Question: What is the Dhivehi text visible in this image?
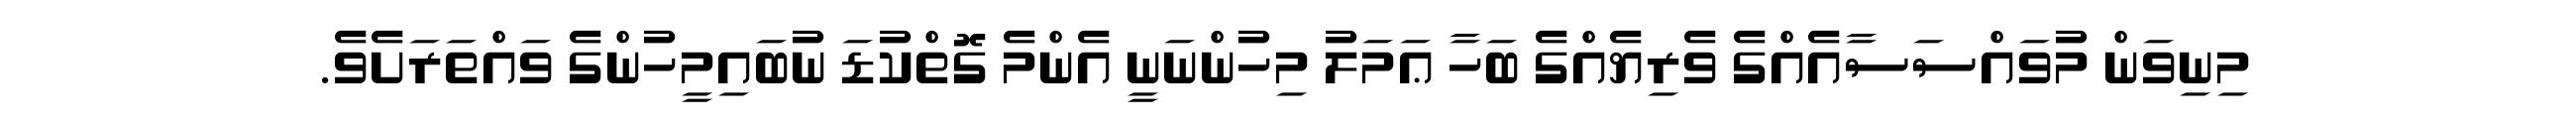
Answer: މިނިވަން މުވައްސަސާއެއްގެ ވެރިޔެއްގެ ބަހާ ޢަމަލު މިހުންނަނީ އެންމެ ގޮތްކުޑަ ނުބައިމީހުންގެ ވައްތަރަށެވެ.